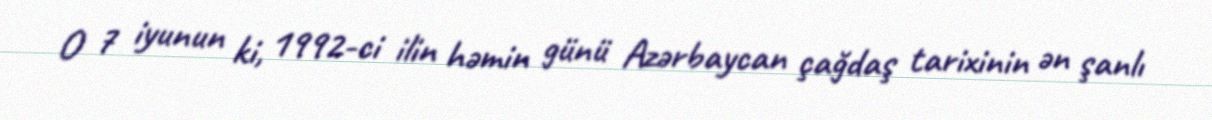
O 7 iyunun ki, 1992-ci ilin həmin günü Azərbaycan çağdaş tarixinin ən şanlı